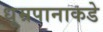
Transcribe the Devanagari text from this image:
धूम्रपानाकडे